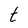
Character: t